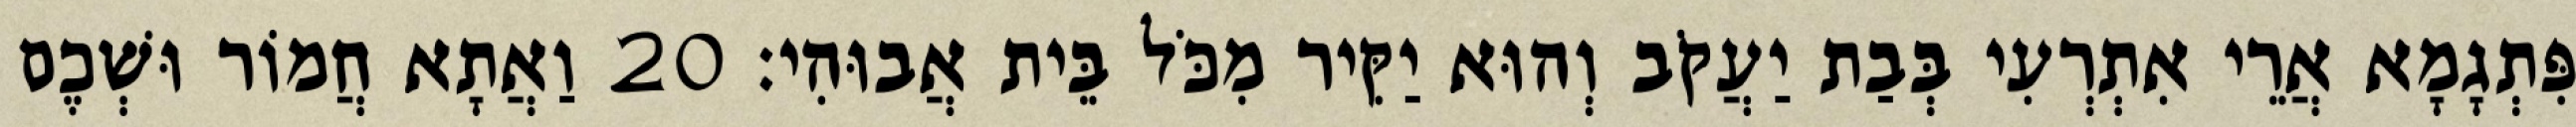
פִּתְגָמָא אֲרֵי אִתְרְעִי בְּבַת יַעֲקֹב וְהוּא יַקִּיר מִכֹּל בֵּית אֲבוּהִי׃ 20 וַאֲתָא חֲמוֹר וּשְׁכֶם